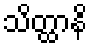
သိတ္ထာနိ